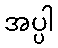
အပ္ပါ